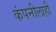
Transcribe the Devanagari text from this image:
कंपनीलाही